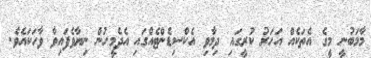
މާމަބުނީ މީގެ އެތަކެއް އަހަރު ކުރީގައި ދިމާވި އެކްސިޑެންޓެއްގައި އެދެމީހުން ނިޔާވެފައިވާ ވާހަކައެވެ.